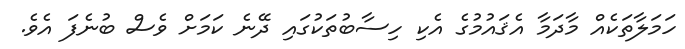
ހަމަލާތަކެއް މާދަމާ އެޤައުމުގެ އެކި ހިސާބުތަކުގައި ދޭނެ ކަމަށް ވެސް ބުނެފަ އެވެ.